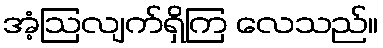
အံ့ဩလျက်ရှိကြ လေသည်။